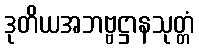
ဒုတိယအဘဗ္ဗဋ္ဌာနသုတ္တံ